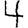
Digit: 4